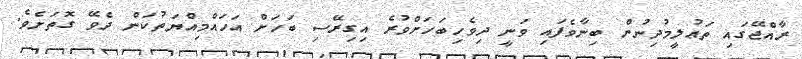
ރާއްޖޭގައި ތަޢުލީމުދިނުން ބިނާވެފައި ވަނީ ދިވެހިބަހަށްވުރެ އިގިރޭސި ބަހަށް އަހައްމިއްޔަތުކަން ދެވޭ ގޮތަށެވެ.